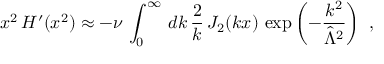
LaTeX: x ^ { 2 } \, H ^ { \prime } ( x ^ { 2 } ) \approx - \nu \, \int _ { 0 } ^ { \infty } \, d k \, \frac { 2 } { k } \, J _ { 2 } ( k x ) \, \exp \left( - \frac { k ^ { 2 } } { \hat { \Lambda } ^ { 2 } } \right) ~ ,